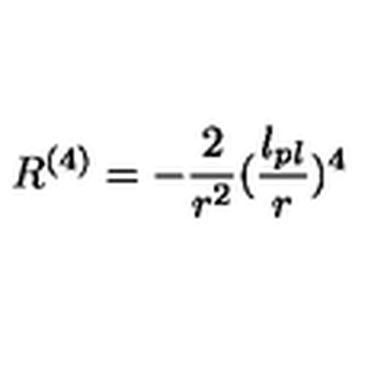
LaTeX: R ^ { ( 4 ) } = - { \frac { 2 } { r ^ { 2 } } } ( { \frac { l _ { p l } } { r } } ) ^ { 4 }